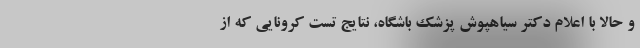
و حالا با اعلام دکتر سیاهپوش پزشک باشگاه، نتایج تست کرونایی که از